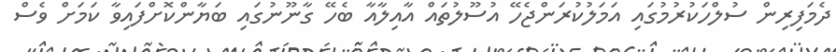
ދެމަފިރިން ސުލްހަކުރުމުގައި އަމަލުކުރަންޖެހޭ އުސޫލުތައް އާއިލާއާ ބެހޭ ގާނޫނުގައި ބަޔާންކޮށްފައިވާ ކަމަށް ވެސް